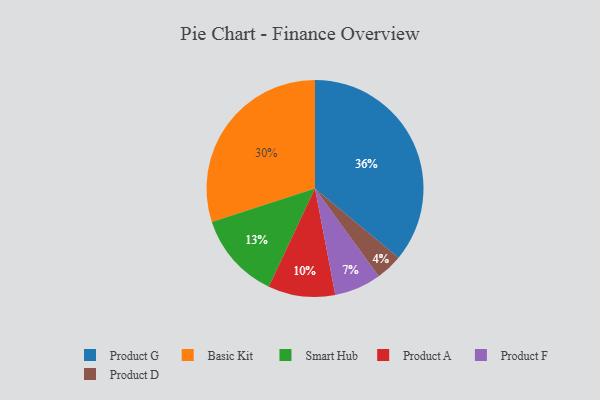
{"axis": {"x": "Category", "y": "Percentage"}, "legend": ["Basic Kit", "Product A", "Product D", "Product F", "Product G", "Smart Hub"], "data": [{"x": "Product D", "y": 4, "type": "Product D"}, {"x": "Basic Kit", "y": 30, "type": "Basic Kit"}, {"x": "Product G", "y": 36, "type": "Product G"}, {"x": "Product F", "y": 7, "type": "Product F"}, {"x": "Product A", "y": 10, "type": "Product A"}, {"x": "Smart Hub", "y": 13, "type": "Smart Hub"}]}